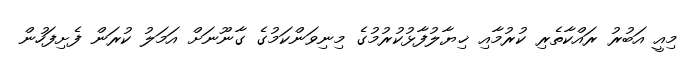
މިއީ އަބުރު ރައްކާތެރި ކުރުމާއި ޚިޔާލުފާޅުކުރުމުގެ މިނިވަންކަމުގެ ގާނޫނަށް އަމަލު ކުރަން ފެށިފަހުން